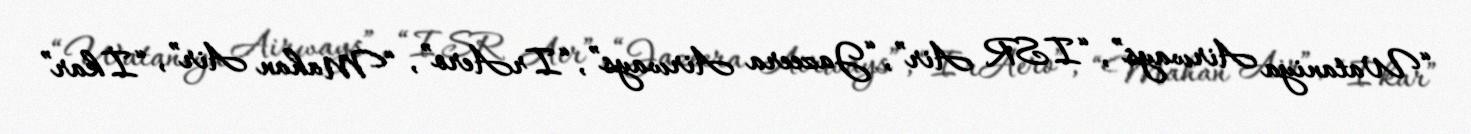
“Wataniya Airways”, “ISR Air”, “Jazeera Airways”, “IrAero”, “Mahan Air”, “İkar”